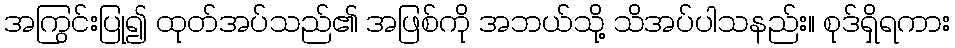
အကြွင်းပြု၍ ထုတ်အပ်သည်၏ အဖြစ်ကို အဘယ်သို့ သိအပ်ပါသနည်း။ စုဒ်ရှိရကား